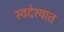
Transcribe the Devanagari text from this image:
स्वदेश्यात